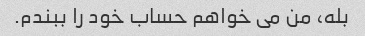
بله، من می خواهم حساب خود را ببندم.